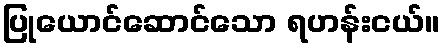
ပြုယောင်ဆောင်သော ရဟန်းငယ်။